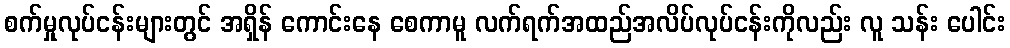
စက်မှုလုပ်ငန်းများတွင် အရှိန် ကောင်းနေ စေကာမူ လက်ရက်အထည်အလိပ်လုပ်ငန်းကိုလည်း လူ သန်း ပေါင်း